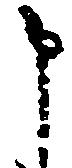
申